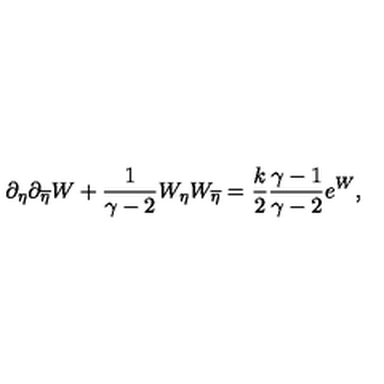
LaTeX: \partial _ { \eta } \partial _ { \overline { { \eta } } } W + { \frac { 1 } { \gamma - 2 } } W _ { \eta } W _ { \overline { { \eta } } } = { \frac { k } { 2 } } { \frac { \gamma - 1 } { \gamma - 2 } } e ^ { W } ,